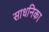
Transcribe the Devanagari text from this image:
साधनिका